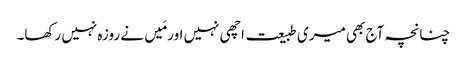
چنانچہ آج بھی میری طبیعت اچھی نہیں اور مَیں نے روزہ نہیں رکھا۔